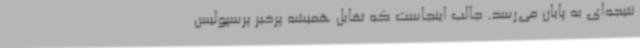
نتیجه‌ای به پایان می‌رسد. جالب اینجاست که تقابل همیشه پرخبر پرسپولیس